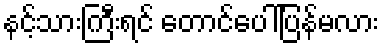
နင့်သားကြီးရင် တောင်ပေါ်ပြန်မလား